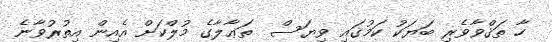
ހާ ތަޤްވާވެރި ބަޔަކު ކަމުގައި ވިޔަސް  ތަޢާލާގެ މުލްކަށް އެއިން އިތުރުވާނެ